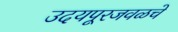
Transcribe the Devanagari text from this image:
उदयपूरजवळचे